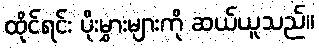
ထိုင်ရင်း ပိုးမွှားများကို ဆယ်ယူသည်။